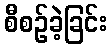
စီစဉ်ခဲ့ခြင်း